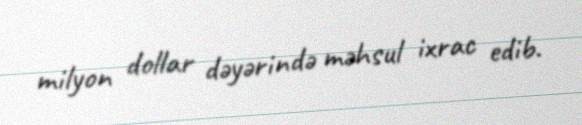
milyon dollar dəyərində məhsul ixrac edib.